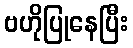
ဗဟိုပြုနေပြီး